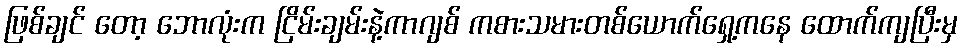
ဖြစ်ချင် တော့ ဘောလုံးက ငြိမ်းချမ်းနဲ့ကာဂျစ် ကစားသမားတစ်ယောက်ရှေ့ကနေ ထောက်ကျပြီးမှ